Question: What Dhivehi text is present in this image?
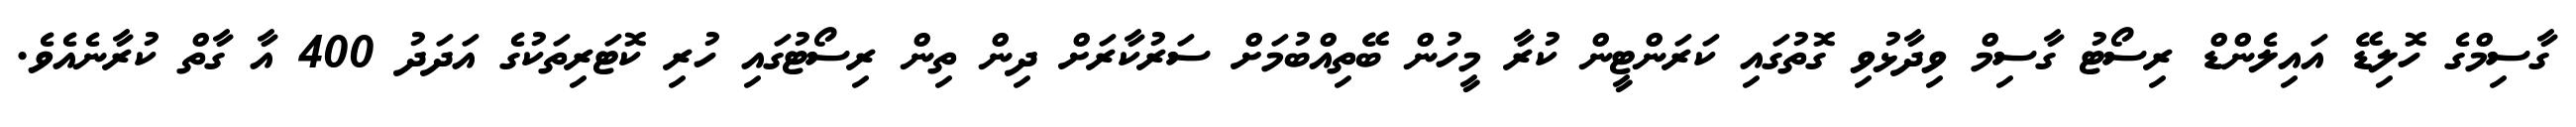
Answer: ގާސިމްގެ ހޮލިޑޭ އައިލެންޑް ރިސޯޓު ގާސިމް ވިދާޅުވި ގޮތުގައި ކަރަންޓީން ކުރާ މީހުން ބޭތިއްބުމަށް ސަރުކާރަށް ދިން ތިން ރިސޯޓުގައި ހުރި ކޮޓަރިތަކުގެ އަދަދު 400 އާ ގާތް ކުރާނެއެވެ.